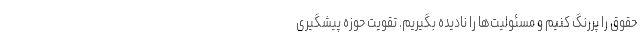
حقوق را پررنگ کنیم و مسئولیت‌ها را نادیده بگیریم. تقویت حوزه پیشگیری